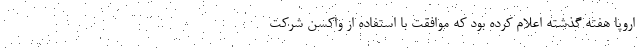
اروپا هفته گذشته اعلام کرده بود که موافقت با استفاده از واکسن شرکت